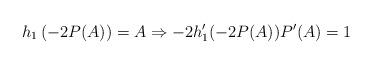
LaTeX: \begin{align*}h_1\left(-2P(A)\right)=A\Rightarrow -2h_1'(-2P(A))P'(A)=1\end{align*}